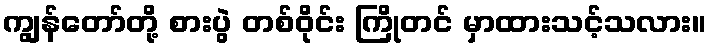
ကျွန်တော်တို့ စားပွဲ တစ်ဝိုင်း ကြိုတင် မှာထားသင့်သလား။